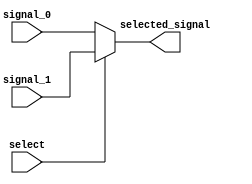
module multiplexer (
    input signal_0,
    input signal_1,
    input select,
    output selected_signal
);

    assign selected_signal = (select) ? signal_1 : signal_0;

endmodule